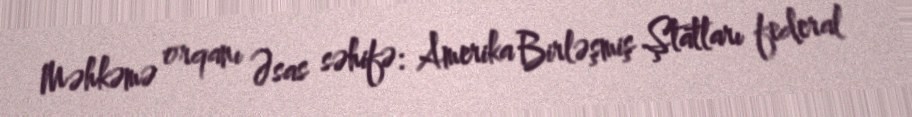
Məhkəmə orqanı Əsas səhifə: Amerika Birləşmiş Ştatları federal